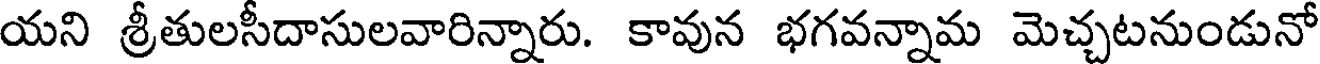
యని శ్రీతులసీదాసులవారిన్నారు. కావున భగవన్నామ మెచ్చటనుండునో